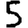
Digit: 5